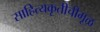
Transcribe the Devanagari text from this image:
साहित्यकृतीचीमूळ